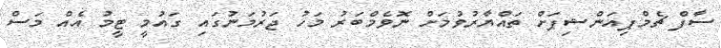
ސާފް ޗެމްޕިއަންޝިޕަށް ތައްޔާރުވުމަށް ނޮވެމްބަރު މަހު ޖަރުމަނުގައި ގައުމީ ޓީމު އެއް މަސް